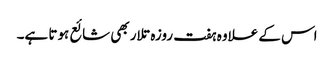
اس کے علاوہ ہفت روزہ تلار بھی شائع ہوتا ہے۔